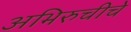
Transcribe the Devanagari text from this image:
अभिरुचीचे